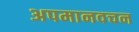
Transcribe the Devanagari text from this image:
अपमानवचन